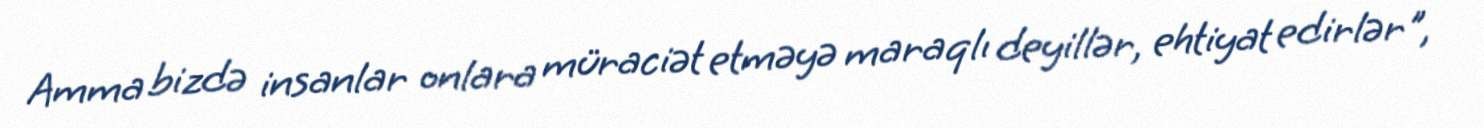
Amma bizdə insanlar onlara müraciət etməyə maraqlı deyillər, ehtiyat edirlər",